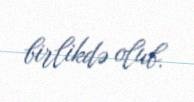
birlikdə olub.